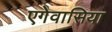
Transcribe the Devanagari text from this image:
एगेवासिया